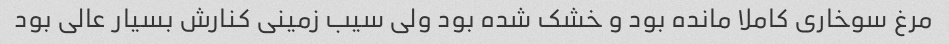
مرغ سوخاری کاملا مانده بود و خشک شده بود ولی سیب زمینی کنارش بسیار عالی بود